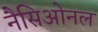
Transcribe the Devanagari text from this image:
नैसिओनल